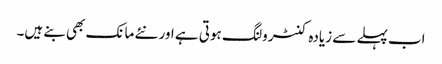
اب پہلے سے زیادہ کنٹرولنگ ہوتی ہے اور نئے مانک بھی بنے ہیں۔